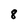
Character: 8